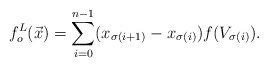
LaTeX: \begin{align*}f_o^{L}(\vec x)=\sum_{i=0}^{n-1}(x_{\sigma(i+1)}-x_{\sigma(i)})f(V_{\sigma(i)}).\end{align*}